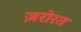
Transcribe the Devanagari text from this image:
ज़रोरत